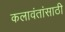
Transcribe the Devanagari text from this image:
कलावंतांसाठी